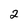
Character: 2